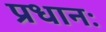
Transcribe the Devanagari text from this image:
प्रधानः